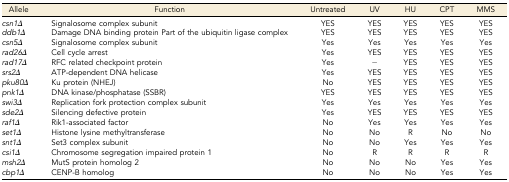
<table><thead><tr><td><b>Allele</b></td><td><b>Function</b></td><td><b>Untreated</b></td><td><b>UV</b></td><td><b>HU</b></td><td><b>CPT</b></td><td><b>MMS</b></td></tr></thead><tbody><tr><td><i>csn1Δ</i></td><td>Signalosome complex subunit</td><td>YES</td><td>YES</td><td>YES</td><td>YES</td><td>YES</td></tr><tr><td><i>ddb1Δ</i></td><td>Damage DNA binding protein Part of the ubiquitin ligase complex</td><td>YES</td><td>YES</td><td>YES</td><td>YES</td><td>YES</td></tr><tr><td><i>csn5Δ</i></td><td>Signalosome complex subunit</td><td>Yes</td><td>Yes</td><td>Yes</td><td>Yes</td><td>Yes</td></tr><tr><td><i>rad26Δ</i></td><td>Cell cycle arrest</td><td>Yes</td><td>YES</td><td>YES</td><td>YES</td><td>YES</td></tr><tr><td><i>rad17Δ</i></td><td>RFC related checkpoint protein</td><td>Yes</td><td>−</td><td>YES</td><td>YES</td><td>YES</td></tr><tr><td><i>srs2Δ</i></td><td>ATP-dependent DNA helicase</td><td>Yes</td><td>YES</td><td>YES</td><td>YES</td><td>YES</td></tr><tr><td><i>pku80Δ</i></td><td>Ku protein (NHEJ)</td><td>No</td><td>YES</td><td>YES</td><td>YES</td><td>YES</td></tr><tr><td><i>pnk1Δ</i></td><td>DNA kinase/phosphatase (SSBR)</td><td>YES</td><td>YES</td><td>YES</td><td>YES</td><td>YES</td></tr><tr><td><i>swi3Δ</i></td><td>Replication fork protection complex subunit</td><td>Yes</td><td>Yes</td><td>Yes</td><td>Yes</td><td>Yes</td></tr><tr><td><i>sde2Δ</i></td><td>Silencing defective protein</td><td>Yes</td><td>YES</td><td>YES</td><td>YES</td><td>YES</td></tr><tr><td><i>raf1Δ</i></td><td>Rik1-associated factor</td><td>No</td><td>Yes</td><td>Yes</td><td>Yes</td><td>Yes</td></tr><tr><td><i>set1Δ</i></td><td>Histone lysine methyltransferase</td><td>No</td><td>No</td><td>R</td><td>No</td><td>No</td></tr><tr><td><i>snt1Δ</i></td><td>Set3 complex subunit</td><td>No</td><td>No</td><td>Yes</td><td>Yes</td><td>Yes</td></tr><tr><td><i>csi1Δ</i></td><td>Chromosome segregation impaired protein 1</td><td>No</td><td>R</td><td>R</td><td>R</td><td>R</td></tr><tr><td><i>msh2Δ</i></td><td>MutS protein homolog 2</td><td>No</td><td>No</td><td>No</td><td>Yes</td><td>Yes</td></tr><tr><td><i>cbp1Δ</i></td><td>CENP-B homolog</td><td>No</td><td>No</td><td>No</td><td>Yes</td><td>Yes</td></tr></tbody></table>